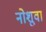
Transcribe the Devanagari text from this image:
नोशुवा